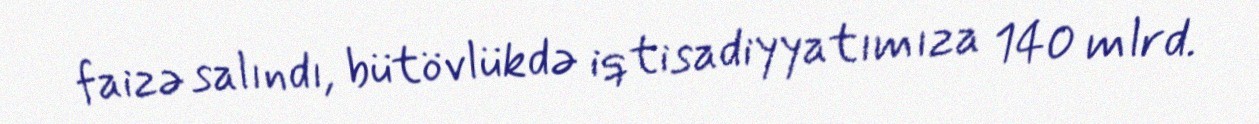
faizə salındı, bütövlükdə iqtisadiyyatımıza 140 mlrd.